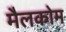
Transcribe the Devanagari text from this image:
मैलकोम